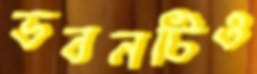
ভবনটিও